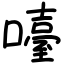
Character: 㘆